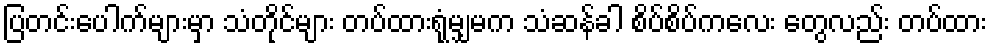
ပြတင်းပေါက်များမှာ သံတိုင်များ တပ်ထားရုံမျှမက သံဆန်ခါ စိပ်စိပ်ကလေး တွေလည်း တပ်ထား